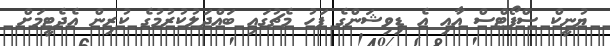
ޔުނީކް ސްޕޯޓްސް އާއި އެ ޑިވިޝަންގެ ފަހު މެޗުގައި ބައްދަލުކުރުމުގެ ކުރިން އެދެޓީމަށް